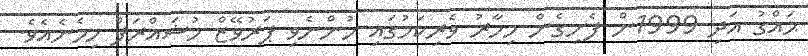
ޙައްގު އަދި 1999ން ފެށިގެން މިހާރު ވެރިކަމުގައި ހުންނެވި ޕަރުވޭޒް މުޝައްރަފް ހިމެނެއެވެ.